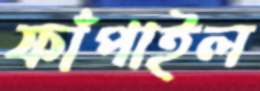
ফাঁপাইল